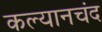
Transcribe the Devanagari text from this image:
कल्यानचंद